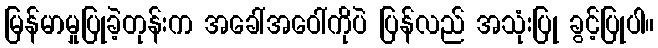
မြန်မာမှုပြုခဲ့တုန်းက အခေါ်အဝေါ်ကိုပဲ ပြန်လည် အသုံးပြု ခွင့်ပြုပါ။